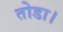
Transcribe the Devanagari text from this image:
तोडा।